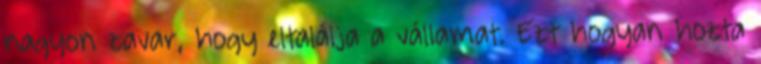
nagyon zavar, hogy eltalálja a vállamat. Ezt hogyan hozta